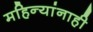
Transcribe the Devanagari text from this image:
महिन्यांनाही